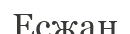
Есжан